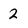
Character: 2